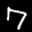
Label: 7